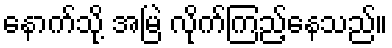
နောက်သို့ အမြဲ လိုက်ကြည့်နေသည်။